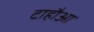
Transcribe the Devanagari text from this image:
टाहौआ